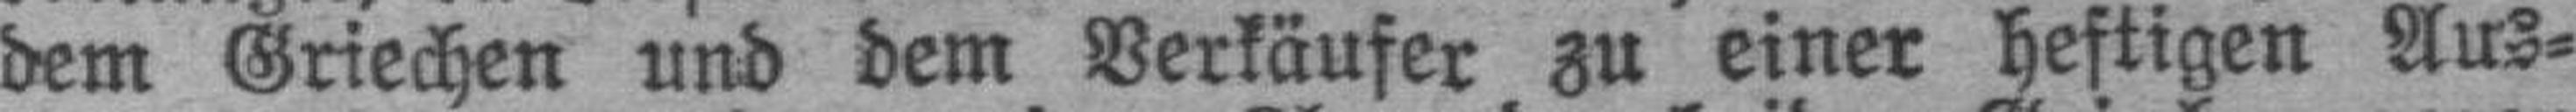
dem Griechen und dem Verkäufer zu einer heftigen Aus¬